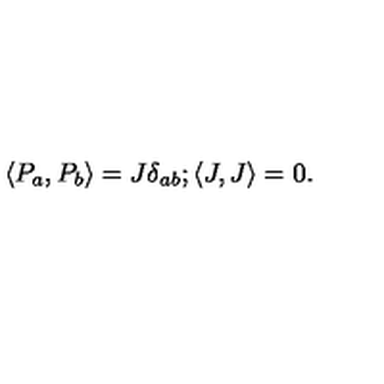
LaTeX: \langle P _ { a } , P _ { b } \rangle = J \delta _ { a b } ; \langle J , J \rangle = 0 .